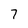
Character: 7